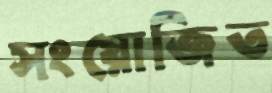
সংয়োজিত